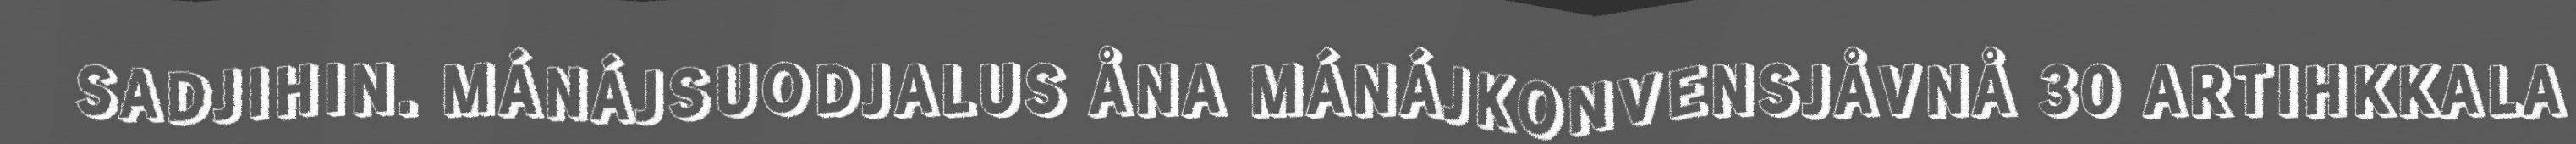
SADJIHIN. MÁNÁJSUODJALUS ÅNA MÁNÁJKONVENSJÅVNÅ 30 ARTIHKKALA